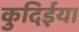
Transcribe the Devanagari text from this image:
कुदिईया